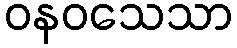
ဝနဝသေသာ